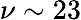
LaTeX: \nu\sim 23